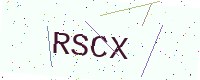
Text: RSCX